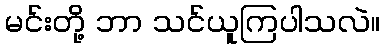
မင်းတို့ ဘာ သင်ယူကြပါသလဲ။